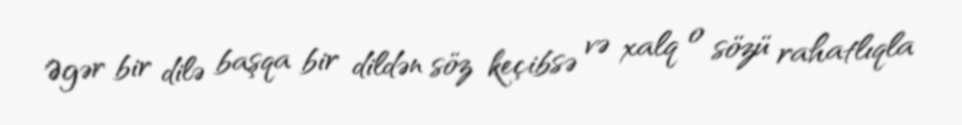
Əgər bir dilə başqa bir dildən söz keçibsə və xalq o sözü rahatlıqla